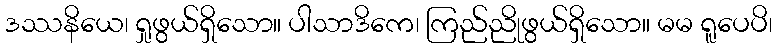
ဒဿနိယေ၊ ရှုဖွယ်ရှိသော။ ပါသာဒိကေ၊ ကြည်ညိုဖွယ်ရှိသော။ မမ ရူပေပိ၊